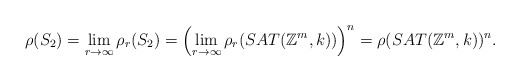
\begin{align*} \rho(S_{2}) = \lim_{r \to \infty}\rho_{r}(S_{2}) = \left( \lim_{r \to \infty}\rho_{r}(SAT(\mathbb{Z}^m, k)) \right)^{n} = \rho(SAT(\mathbb{Z}^m, k))^{n}.\end{align*}